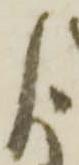
よ